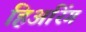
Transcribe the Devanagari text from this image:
हिअरिंग